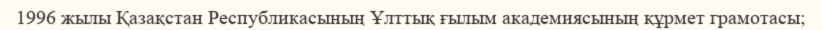
1996 жылы Қазақстан Республикасының Ұлттық ғылым академиясының құрмет грамотасы;